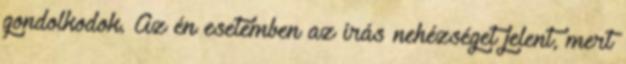
gondolkodok. Az én esetemben az írás nehézséget jelent, mert